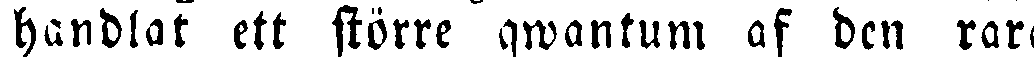
handlat ett större qwantum af den rara